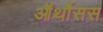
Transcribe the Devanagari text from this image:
ऑर्थोसस